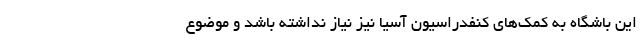
این باشگاه به کمک‌های کنفدراسیون آسیا نیز نیاز نداشته باشد و موضوع